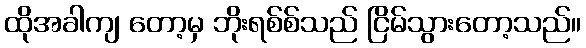
ထိုအခါကျ တော့မှ ဘိုးရစ်စ်သည် ငြိမ်သွားတော့သည်။